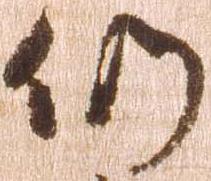
仍